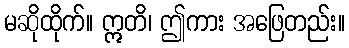
မဆိုထိုက်။ ဣတိ၊ ဤကား အဖြေတည်း။